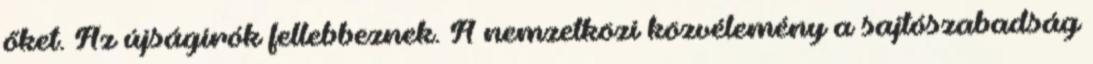
őket. Az újságírók fellebbeznek. A nemzetközi közvélemény a sajtószabadság